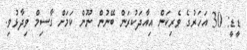
ޑީޑީ: 30 އަހަރުގެ ވެރިކަން އިއާދަކުރަން ބޭނުން ނޫން ކަމަށް ގާސިމް ވިދާޅުވި.